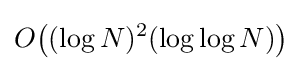
O\!\left((\log N)^{2}(\log \log N)\right)